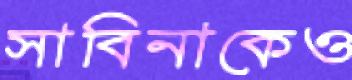
সাবিনাকেও